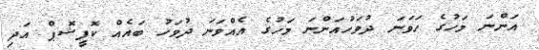
އަންނަ މަހުގެ ހަވަނަ ދުވަހުއަންނަ މަހުގެ އެއްވަނަ ދުވަހު ބައެއް ކޮފީޝޮޕް އަދި